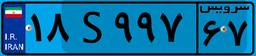
۶۸S۴۶۴۷۱